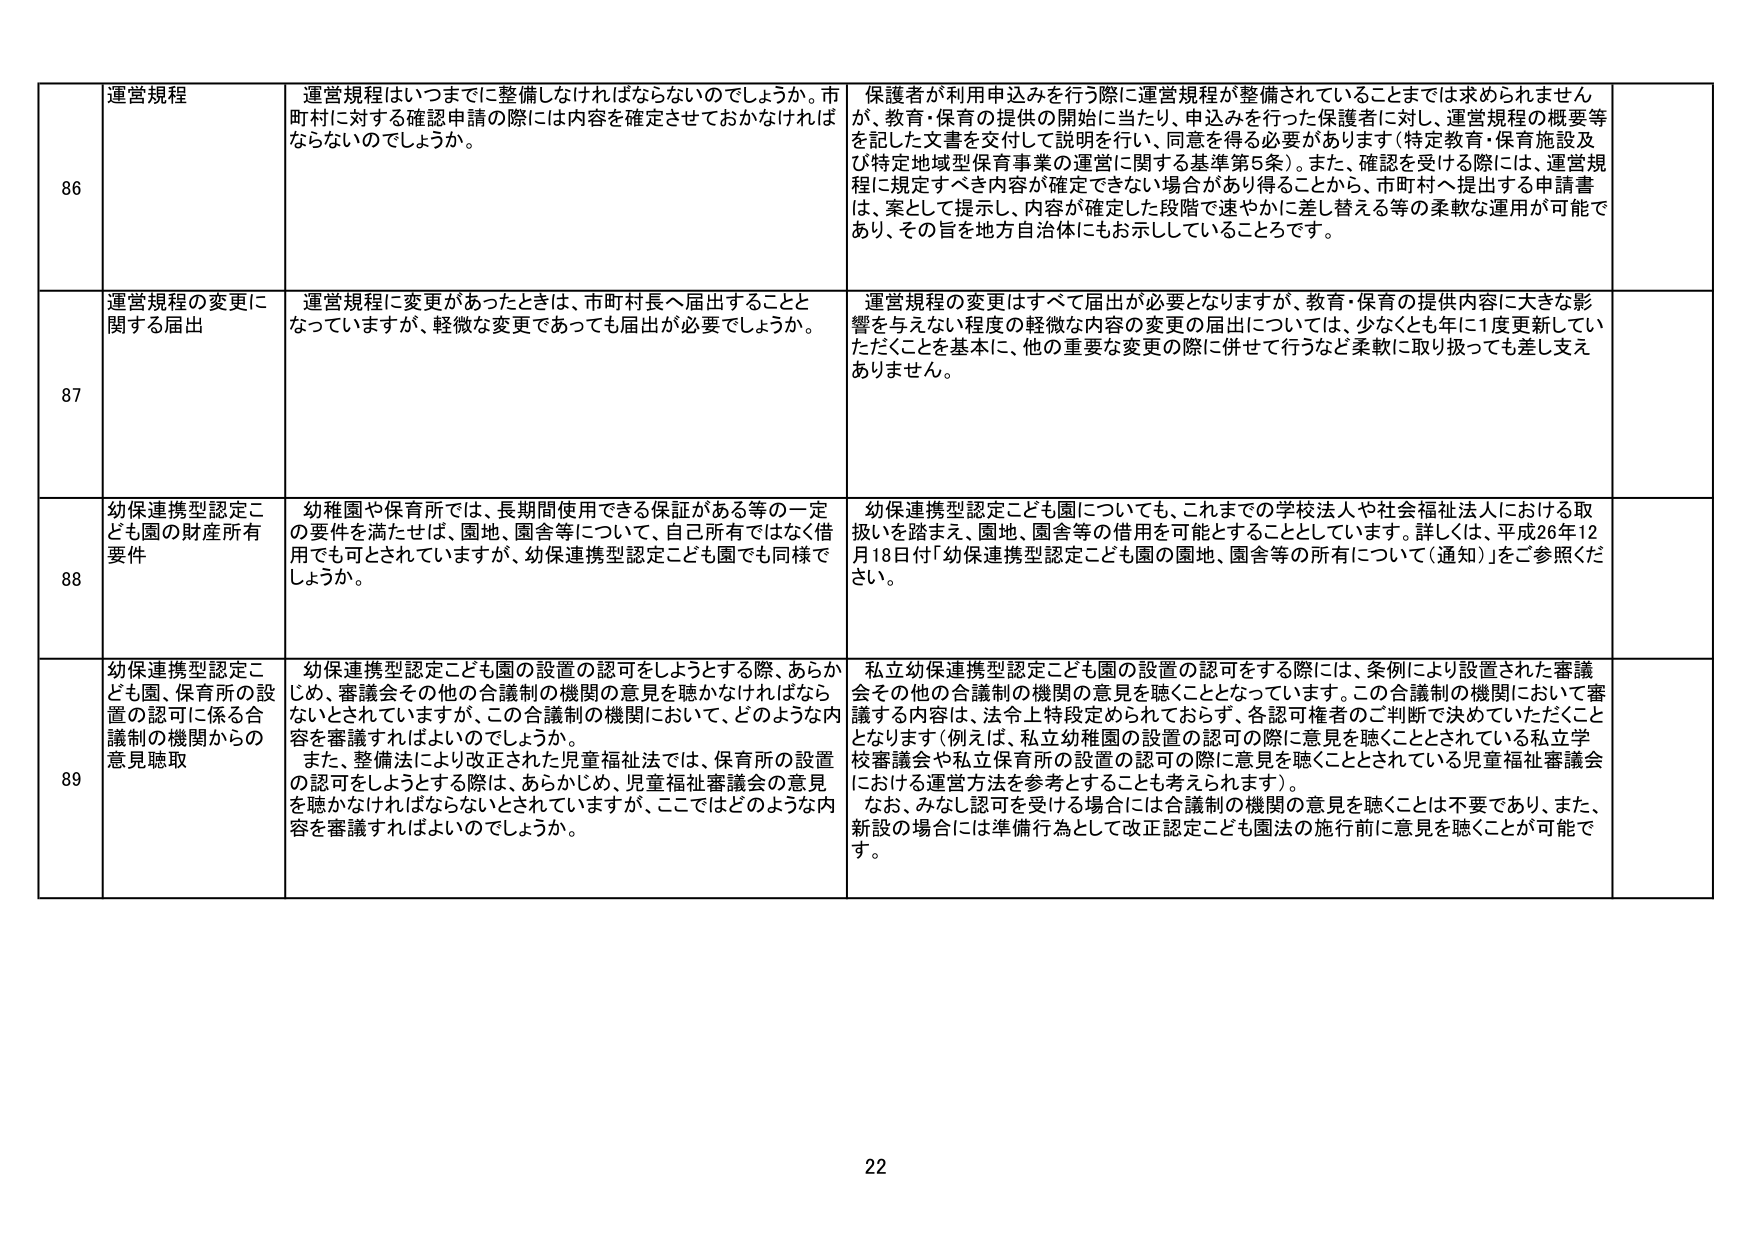
86 運営規程 運営規程はいつまでに整備しなければならないのでしょうか。市町村に対する確認申請の際には内容を確定させておかなければならないのでしょうか。 保護者が利用申込みを行う際に運営規程が整備されていることまでは求められませんが、教育・保育の提供の開始に当たり、申込みを行った保護者に対し、運営規程の概要等を記した文書を交付して説明を行い、同意を得る必要があります（特定教育・保育施設及び特定地域型保育事業の運営に関する基準第5条）。また、確認を受ける際には、運営規程に規定すべき内容が確定できない場合があり得ることから、市町村へ提出する申請書は、案として提示し、内容が確定した段階で速やかに差し替える等の柔軟な運用が可能であり、その旨を地方自治体にもお示ししているところです。

87 運営規程の変更に関する届出 運営規程に変更があったときは、市町村長へ届出することとなっていますが、軽微な変更であっても届出が必要でしょうか。 運営規程の変更はすべて届出が必要となりますが、教育・保育の提供内容に大きな影響を与えない程度の軽微な内容の変更の届出については、少なくとも年に1度更新していただくことを基本に、他の重要な変更の際に併せて行うなど柔軟に取り扱っても差し支えありません。

88 幼保連携型認定こども園の財産所有要件 幼稚園や保育所では、長期間使用できる保証がある等の一定の要件を満たせば、園地、園舎等について、自己所有ではなく借用でも可とされていますが、幼保連携型認定こども園でも同様でしょうか。 幼保連携型認定こども園についても、これまでの学校法人や社会福祉法人における取扱いを踏まえ、園地、園舎等の借用を可能とすることとしています。詳しくは、平成26年12月18日付「幼保連携型認定こども園の園地、園舎等の所有について（通知）」をご参照ください。

89 幼保連携型認定こども園、保育所の設置の認可に係る合議制の機関からの意見聴取 幼保連携型認定こども園の設置の認可をしようとする際、あらかじめ、審議会その他の合議制の機関の意見を聴かなければならないとされていますが、この合議制の機関において、どのような内容を審議すればよいのでしょうか。 また、整備法により改正された児童福祉法では、保育所の設置の認可をしようとする際は、あらかじめ、児童福祉審議会の意見を聴かなければならないとされていますが、ここではどのような内容を審議すればよいのでしょうか。 私立幼保連携型認定こども園の設置の認可をする際には、条例により設置された審議会その他の合議制の機関の意見を聴くこととなっています。この合議制の機関において審議する内容は、法令上特段定められておらず、各認可権者のご判断で決めていただくこととなります（例えば、私立幼稚園の設置の認可の際に意見を聴くこととされている私立学校審議会や私立保育所の設置の認可の際に意見を聴くこととされている児童福祉審議会における運営方法を参考とすることも考えられます）。 なお、みなし認可を受ける場合には合議制の機関の意見を聴くことは不要であり、また、新設の場合には準備行為として改正認定こども園法の施行前に意見を聴くことが可能です。

22